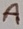
Text: A